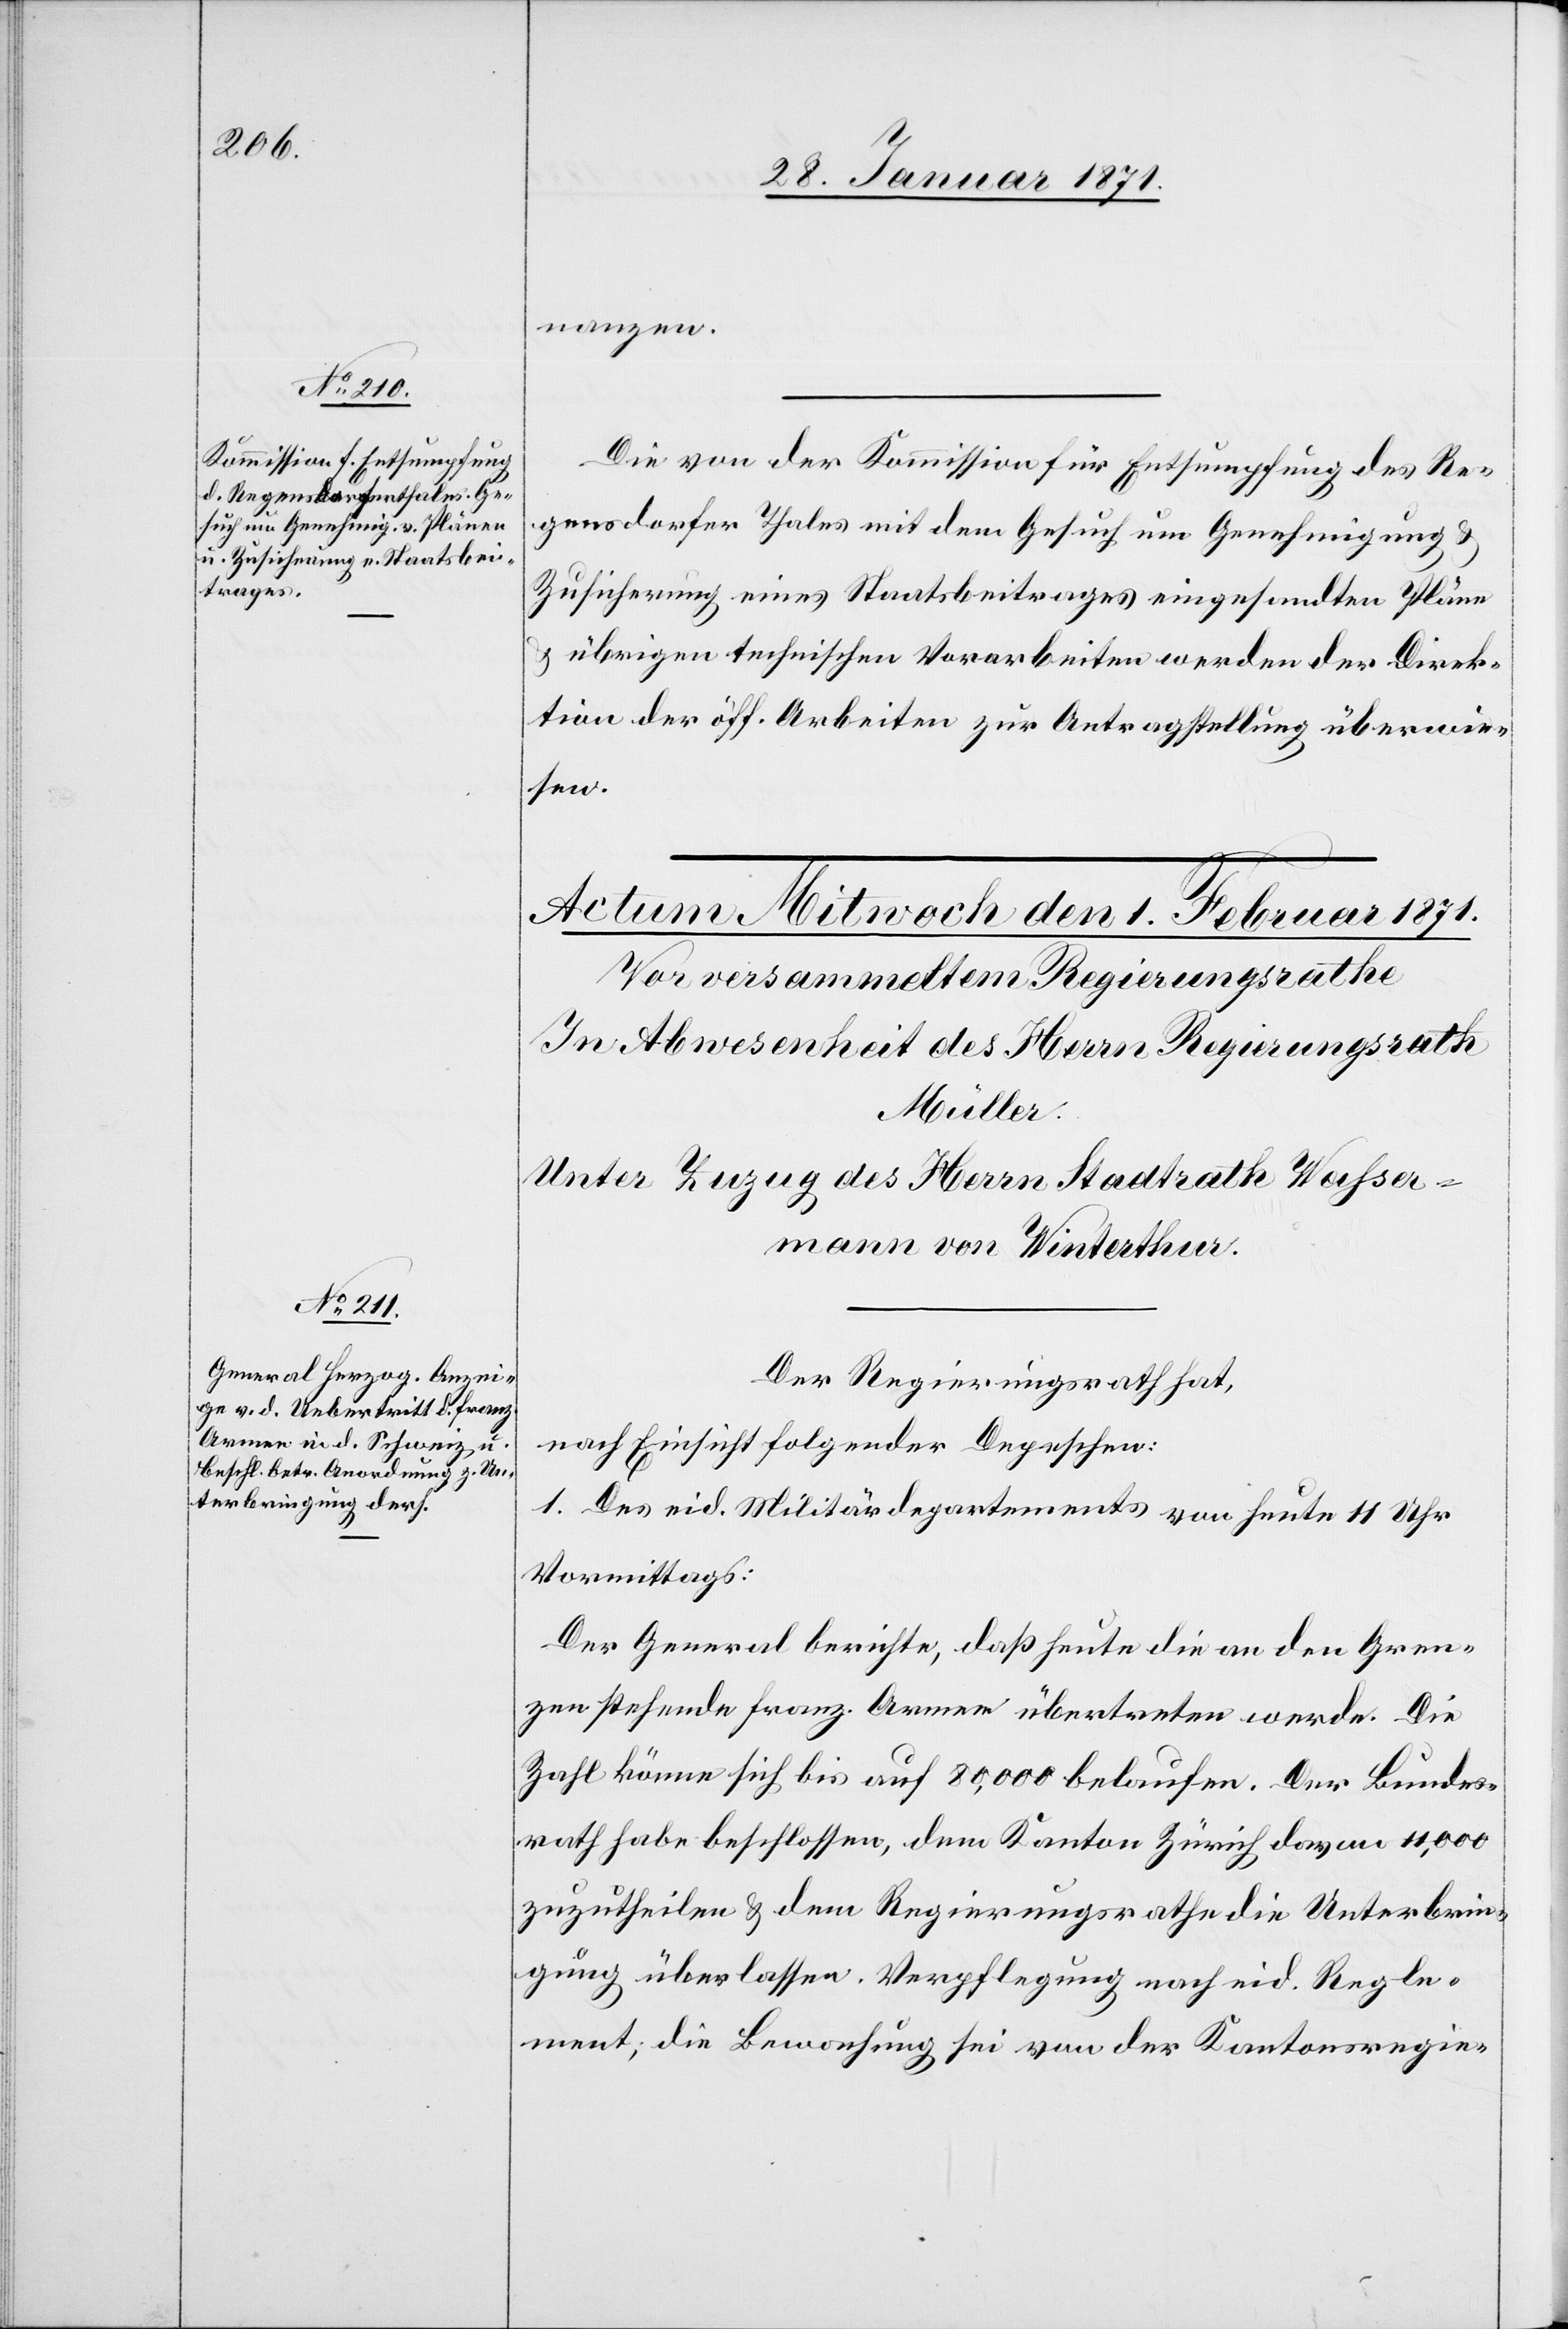
31. Januar 1871.]
nanzen.
Die von der Kommission für Entsumpfung des Re¬
gensdorfer Thales mit dem Gesuch um Genehmigung u.
Zusicherung eines Staatsbeitrages eingesandten Pläne
u. übrigen technischen Vorarbeiten werden der Direk¬
tion der öff. Arbeiten zur Antragstellung überwie¬
sen.